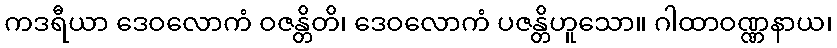
ကဒရီယာ ဒေဝလောကံ ဝဇန္တိတိ၊ ဒေဝလောကံ ပဇန္တိဟူသော။ ဂါထာဝဏ္ဏနာယ၊